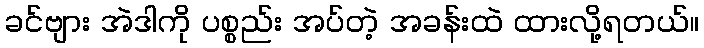
ခင်ဗျား အဲဒါကို ပစ္စည်း အပ်တဲ့ အခန်းထဲ ထားလို့ရတယ်။